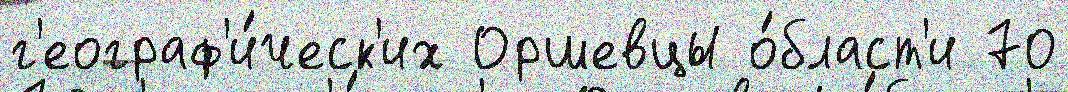
г'еограф'и́ческ'их Оршевцы о́бласт'и 70